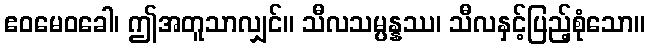
ဧဝမေဝခေါ၊ ဤအတူသာလျှင်။ သီလသမ္ပန္နဿ၊ သီလနှင့်ပြည့်စုံသော။